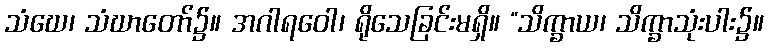
သံဃေ၊ သံဃာတော်၌။ အဂါရဝေါ၊ ရိုသေခြင်းမရှိ။ “သိက္ခာယ၊ သိက္ခာသုံးပါး၌။